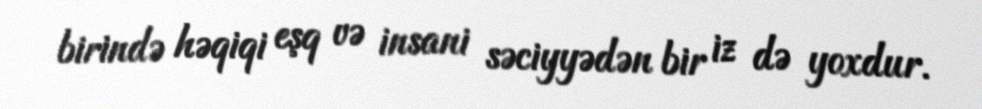
birində həqiqi eşq və insani səciyyədən bir iz də yoxdur.